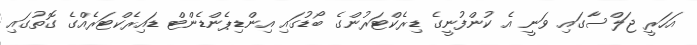
އަހަރީ ޖަލްސާގައި ވަނީ އެ ކުންފުނީގެ ޑިރެކްޓަރުންގެ ބޯޑުގައި އިންޑިޕެންޑެންޓް ޑައިރެކްޓަރެއްގެ ގޮތުގައި